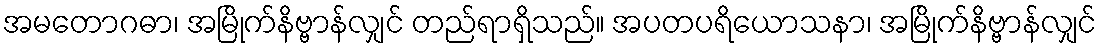
အမတောဂဓာ၊ အမြိုက်နိဗ္ဗာန်လျှင် တည်ရာရှိသည်။ အပတပရိယောသနာ၊ အမြိုက်နိဗ္ဗာန်လျှင်